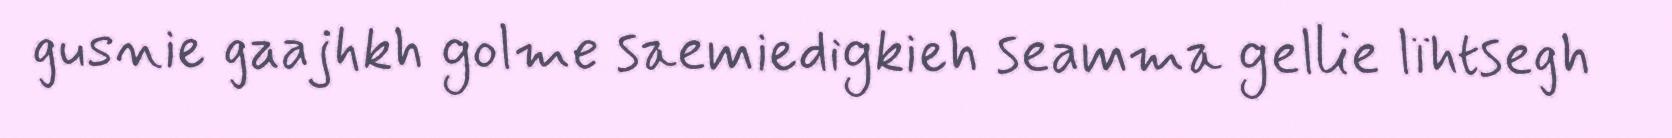
gusnie gaajhkh golme saemiedigkieh seamma gellie lïhtsegh